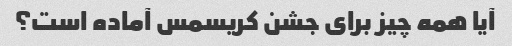
آیا همه چیز برای جشن کریسمس آماده است؟